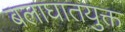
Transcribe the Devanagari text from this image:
बलाघातयुक्त